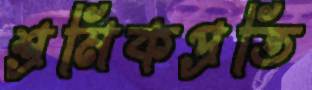
শ্রমিকপ্রতি